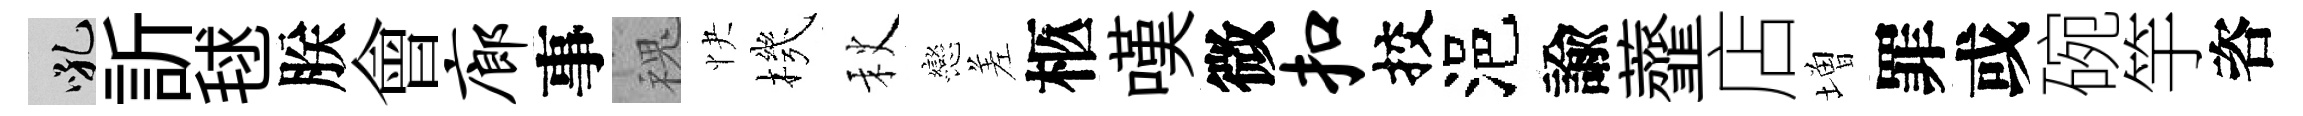
吼訢毬朕會廊事槐快機秋戀差柩嘆微扣挍浥諭虀店増罪或碗竽咨